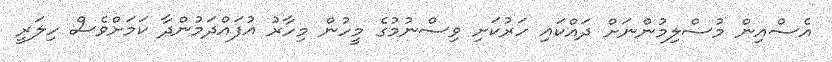
އެސްއިން މުސްލިމުންނަށް ދައްކައި ހަރުކަށި ވިސްނުމުގެ މީހުން މިހާރު އުފައްދަމުންދާ ކަމަށްވެސް ހިލަރީ